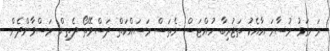
ރަނގަޅު މުސާރަ އާއެކު ތަޖުރިބާ ހުއްޓަސް ނެތަސް މަސައްކަތް ދަސްވޭތޯ ދެތިން މަސްވާންދެން